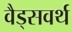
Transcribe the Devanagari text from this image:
वैड्सवर्थ